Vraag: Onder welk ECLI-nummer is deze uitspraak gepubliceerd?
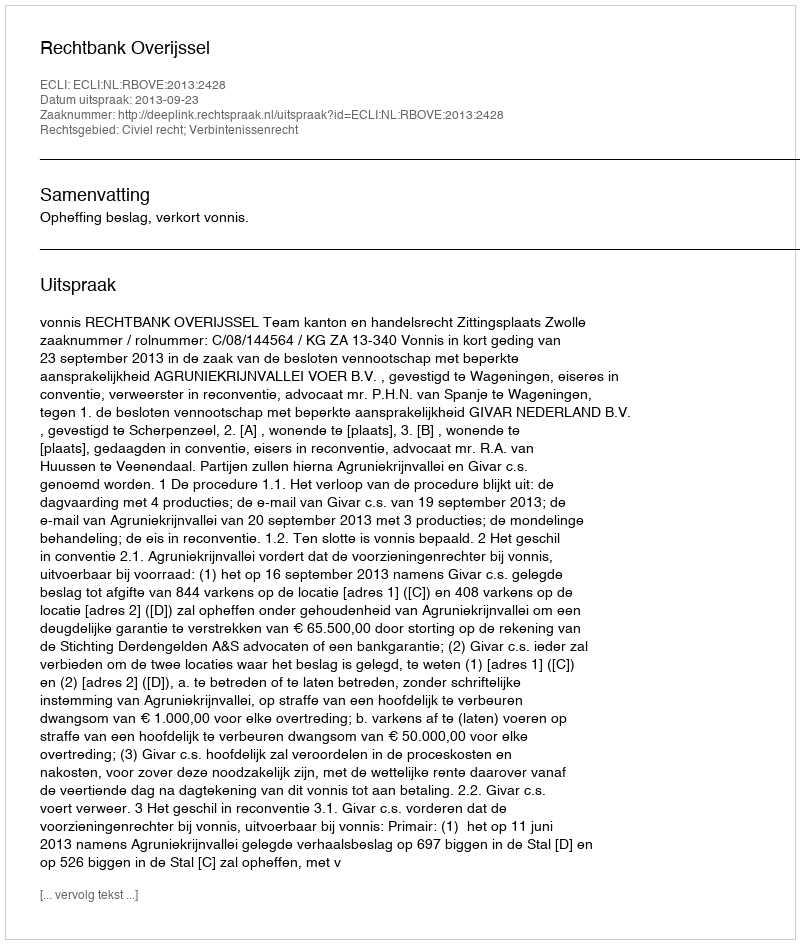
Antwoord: ECLI:NL:RBOVE:2013:2428